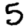
Digit: 5